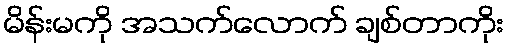
မိန်းမကို အသက်လောက် ချစ်တာကိုး